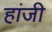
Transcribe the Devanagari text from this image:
हांजी